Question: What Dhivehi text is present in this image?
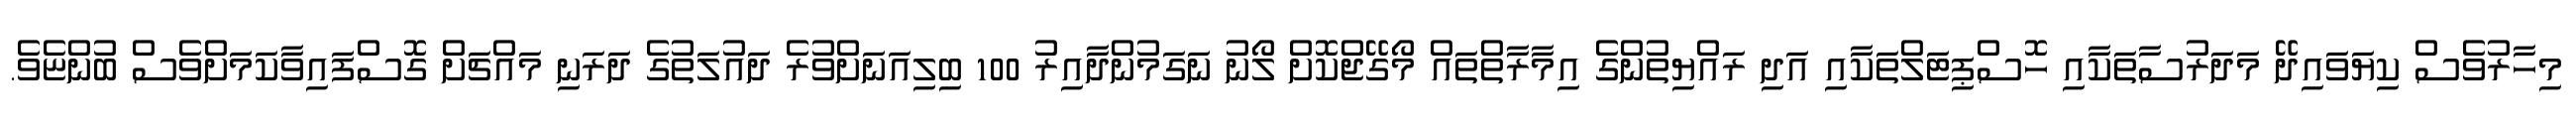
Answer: މިހާރުވެސް ކިޔަވައިދޭ މަދަރުސާތަކާއި ހޮސްޕިޓަލްތަކާއި އަދި ރައްޔިތުންގެ އިމާރާތްތައް މޯގޭޖްކޮށް ލޯނު ނަގަމުންދާއިރު 100 ބިލިއަނަށްވުރެ ދައުލަތުގެ ދަރަނި މައްޗަށް ގޮސްފައިވާކަމަށްވެސް ބުންޏެވެ.